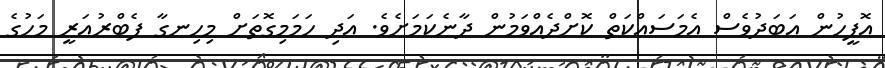
އޮފީހުން އަބަދުވެސް އެމަސައްކަތް ކޮށްދެއްވަމުން ދާނެކަމަށެވެ. އަދި ހަމަމިގޮތަށް މިހިނގާ ފެބްރުއަރީ މަހުގެ